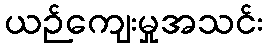
ယဉ်ကျေးမှုအသင်း